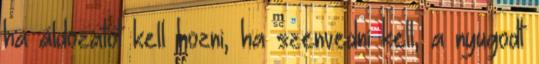
ha áldozatot kell hozni, ha szenvedni kell, a nyugodt